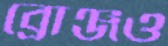
ব্রোঞ্জও